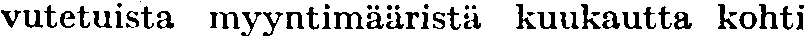
vutetuista myyntimääristä kuukautta kohti